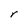
Character: r